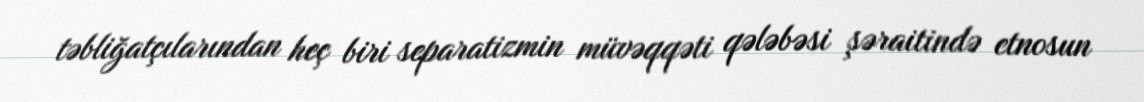
təbliğatçılarından heç biri separatizmin müvəqqəti qələbəsi şəraitində etnosun